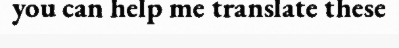
you can help me translate these